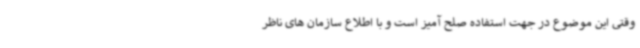
وقتی این موضوع در جهت استفاده صلح آمیز است و با اطلاع سازمان های ناظر